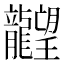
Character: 𪚤